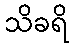
သိခရိ